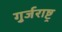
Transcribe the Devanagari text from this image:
गुर्जराष्ट्र